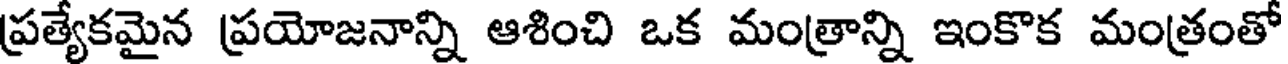
ప్రత్యేకమైన ప్రయోజనాన్ని ఆశించి ఒక మంత్రాన్ని ఇంకొక మంత్రంతో